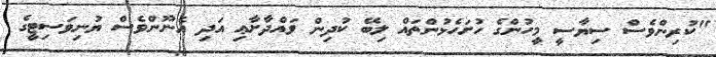
"ކުރިންވެސް ސިޔާސީ މީހުންގެ ހުށަހެޅުންތައް ލިބޭ ކުދިން ވައްދާށާޢި އަދި އެނޫންވެސް ޔުނިވަސިޓީގެ